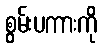
စွမ်းပကားကို